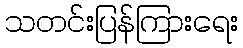
သတင်းပြန်ကြားရေး